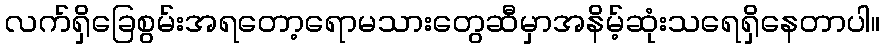
လက်ရှိခြေစွမ်းအရတော့ရောမသားတွေဆီမှာအနိမ့်ဆုံးသရေရှိနေတာပါ။